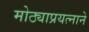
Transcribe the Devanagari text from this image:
मोठ्याप्रयत्नाने